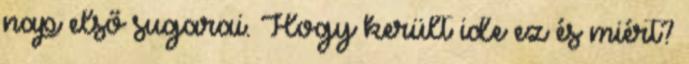
nap első sugarai. Hogy került ide ez és miért?